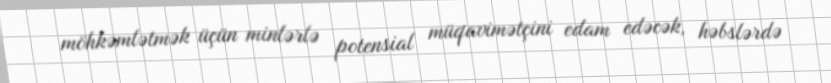
möhkəmlətmək üçün minlərlə potensial müqavimətçini edam edəcək, həbslərdə